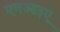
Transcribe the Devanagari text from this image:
एमआइए